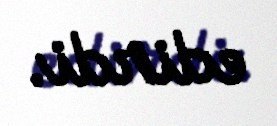
edirdi.